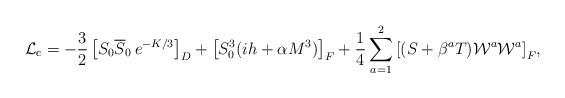
LaTeX: \begin{align*}{\cal L}_{\rm c} = -{3\over 2}\left[S_0\overline S_0\,e^{-K/3}\right]_D+\left[S_0^3(ih +\alpha M^3)\right]_F+{1\over 4}\sum_{a=1}^{2}{\left[(S+\beta^aT){\cal W}^a{\cal W}^a\right]_F},\end{align*}